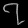
Digit: ၇